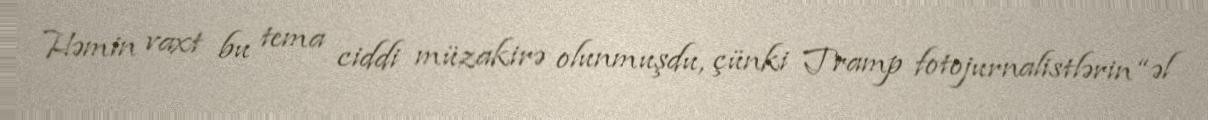
Həmin vaxt bu tema ciddi müzakirə olunmuşdu, çünki Tramp fotojurnalistlərin “əl